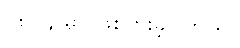
၁၈၂၄ မှာ ဖြစ်ပွားခဲ့ပါတယ်။